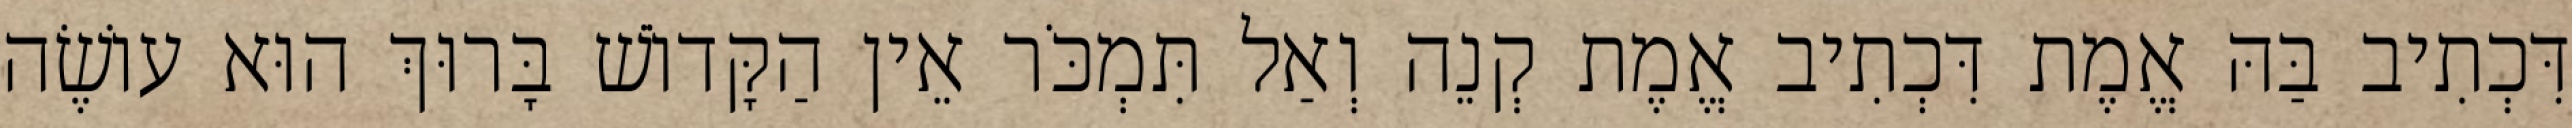
דִּכְתִיב בַּהּ אֱמֶת דִּכְתִיב אֱמֶת קְנֵה וְאַל תִּמְכֹּר אֵין הַקָּדוֹשׁ בָּרוּךְ הוּא עוֹשֶׂה